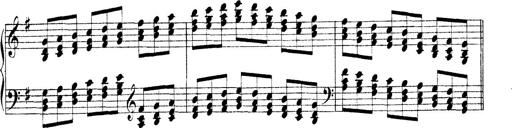
Title: Technische Studien
Composer: Franz Liszt